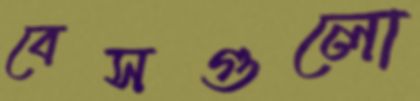
বেসগুলো